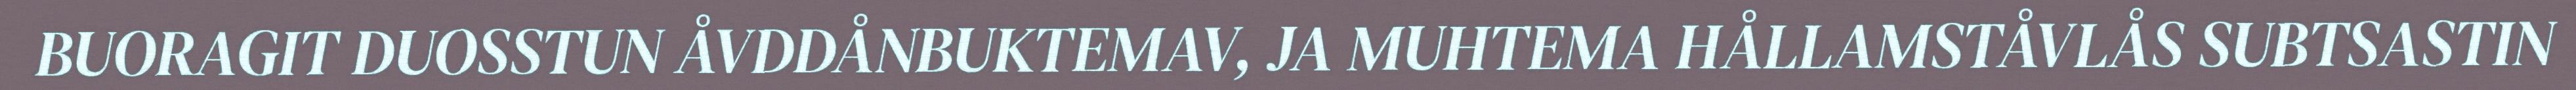
BUORAGIT DUOSSTUN ÅVDDÅNBUKTEMAV, JA MUHTEMA HÅLLAMSTÅVLÅS SUBTSASTIN